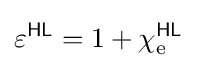
\varepsilon ^{\textsf {HL}}=1+\chi _{\text{e}}^{\textsf {HL}}